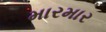
મારમાર